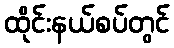
ထိုင်းနယ်စပ်တွင်